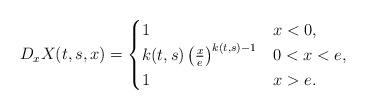
LaTeX: \begin{align*}D_xX(t,s,x) =\begin{cases}1 & x < 0 , \\k(t,s)\left(\frac{x}{e}\right)^{{k(t,s)-1}} &0<x< e , \\1 & x > e .\end{cases} \end{align*}